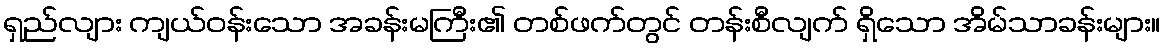
ရှည်လျား ကျယ်ဝန်းသော အခန်းမကြီး၏ တစ်ဖက်တွင် တန်းစီလျက် ရှိသော အိမ်သာခန်းများ။